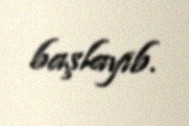
başlayıb.